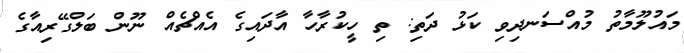
މައުލޫމާތު މުއްސަނދިވި ކަޅު ދަތި: ތި ހީކުރާހާ އާދައިގެ އެއްޗެއް ނޫން ބަލްގޭރިއާގެ